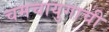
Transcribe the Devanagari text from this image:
चमचायुगाची